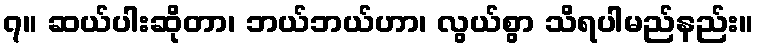
၇။ ဆယ်ပါးဆိုတာ၊ ဘယ်ဘယ်ဟာ၊ လွယ်စွာ သိရပါမည်နည်း။